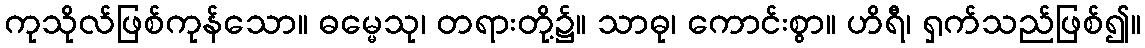
ကုသိုလ်ဖြစ်ကုန်သော။ ဓမ္မေသု၊ တရားတို့၌။ သာဓု၊ ကောင်းစွာ။ ဟိရီ၊ ရှက်သည်ဖြစ်၍။